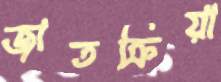
জাতক্রিয়া